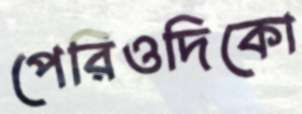
পেরিওদিকো